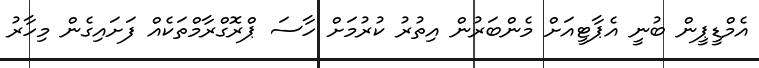
އެމްޑީޕީން ބުނީ އެޕާޓީއަށް މެންބަރުން އިތުރު ކުރުމަށް ހާސަ ޕްރޮގްރާމްތަކެއް ފަށައިގެން މިހާރު